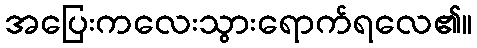
အပြေးကလေးသွားရောက်ရလေ၏။